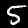
Label: 5